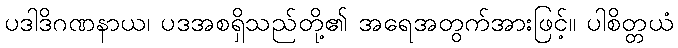
ပဒါဒိဂဏနာယ၊ ပဒအစရှိသည်တို့၏ အရေအတွက်အားဖြင့်။ ပါစိတ္တယံ